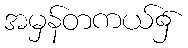
အမှန်တကယ်၌